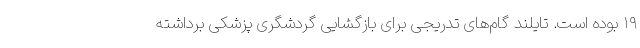
۱۹ بوده است. تایلند گام‌های تدریجی برای بازگشایی گردشگری پزشکی برداشته